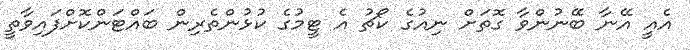
އެއީ އޭނާ ބޭނުންވާ ގޮތަށް ނިއުގެ ކޯޗު އެ ޓީމުގެ ކުޅުންތެރިން ބައްޓަންކޮށްފައިވާތީ